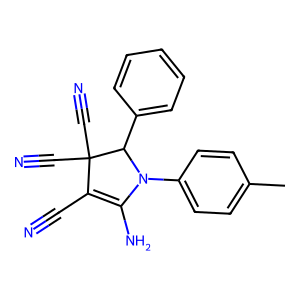
SMILES: Cc1ccc(N2C(N)=C(C#N)C(C#N)(C#N)C2c2ccccc2)cc1
Inhibits HIV replication: No